Civil Veterinary Department Bihar & Orissa reports 1929-36 - 1929-1936
Year: 1929
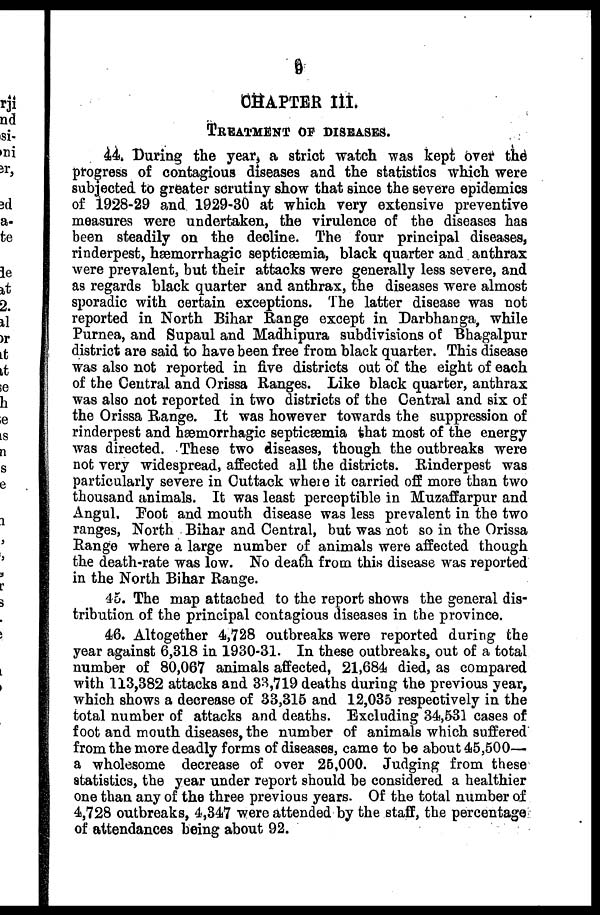
9
CHAPTER III.
TREATMENT OF DISEASES.
44. During the year, a strict watch was kept over the
progress of contagious diseases and the statistics which were
subjected to greater scrutiny show that since the severe epidemics
of i928-29 and 1929-30 at which very extensive preventive
measures were undertaken, the virulence of the diseases has
been steadily on the decline. The four principal diseases,
rinderpest, hæmorrhagic septicæmia, black quarter and anthrax
were prevalent, but their attacks were generally less severe, and
as regards black quarter and anthrax, the diseases were almost
sporadic with certain exceptions. The latter disease was not
reported in North Bihar Range except in Darbhanga, while
Purnea, and Supaul and Madhipura subdivisions of Bhagalpur
district are said to have been free from black quarter. This disease
was also not reported in five districts out of the eight of each
of the Central and Orissa Ranges. Like black quarter, anthrax
was also not reported in two districts of the Central and six of
the Orissa Range. It was however towards the suppression of
rinderpest and hæmorrhagic septicæmia that most of the energy
was directed. These two diseases, though the outbreaks were
not very widespread, affected all the districts. Rinderpest was
particularly severe in Cuttack where it carried off more than two
thousand animals. It was least perceptible in Muzaffarpur and
Angul. Foot and mouth disease was less prevalent in the two
ranges, North Bihar and Central, but was not so in the Orissa
Range where a large number of animals were affected though
the death-rate was low. No death from this disease was reported
in the North Bihar Range.
45. The map attached to the report shows the general dis-
tribution of the principal contagious diseases in the province.
46. Altogether 4,728 outbreaks were reported during the
year against 6,318 in 1930-31. In these outbreaks, out of a total
number of 80,067 animals affected, 21,684 died, as compared
with 113,382 attacks and 33,719 deaths during the previous year,
which shows a decrease of 33,315 and 12,035 respectively in the
total number of attacks and deaths. Excluding 34,531 cases of
foot and mouth diseases, the number of animals which suffered
from the more deadly forms of diseases, came to be about 45,500—
a wholesome decrease of over 25,000. Judging from these
statistics, the year under report should be considered a healthier
one than any of the three previous years. Of the total number of
4,728 outbreaks, 4,347 were attended by the staff, the percentage
of attendances being about 92.